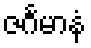
ဇင်္ဂမာနံ